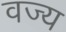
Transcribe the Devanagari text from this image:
वज्य